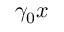
\gamma _ { 0 } x